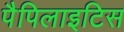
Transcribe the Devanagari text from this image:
पैपिलाइटिस